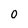
Character: 0